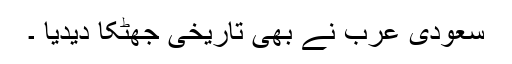
سعودی عرب نے بھی تاریخی جھٹکا دیدیا ۔